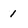
Character: 1